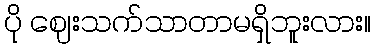
ပို ဈေးသက်သာတာမရှိဘူးလား။